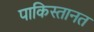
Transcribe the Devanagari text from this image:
पाकिस्तानत